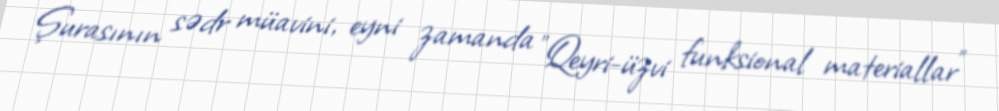
Şurasının sədr müavini, eyni zamanda "Qeyri-üzvi funksional materiallar"